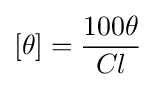
[\theta ]={\frac {100\theta }{Cl}}